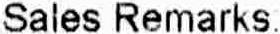
SALES REMARKS: